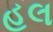
હલ